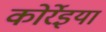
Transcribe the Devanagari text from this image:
कोर्रेइया